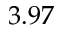
3 . 9 7